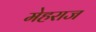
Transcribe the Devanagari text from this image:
मेहराज